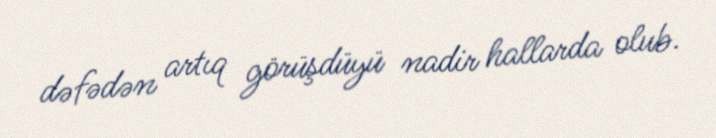
dəfədən artıq görüşdüyü nadir hallarda olub.